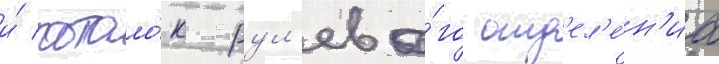
и́ потоло́к рул'ево́го отд'ел'е́н'иа